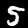
Digit: 5